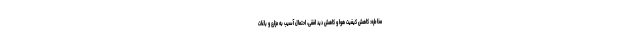
مخاطره: کاهش کیفیت هوا و کاهش دید افقی، احتمال آسیب به مزارع و باغات